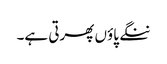
ننگے پاؤں پھرتی ہے۔